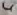
Text: 4